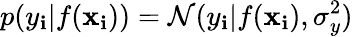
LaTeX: p(y_{\mathbf{i}}|f(\mathbf{{x}}_{\mathbf{i}}))=\mathcal{{N}}(y_{\mathbf{i}}|f(\mathbf{{x}}_{\mathbf{i}}),\sigma_{y}^{2})